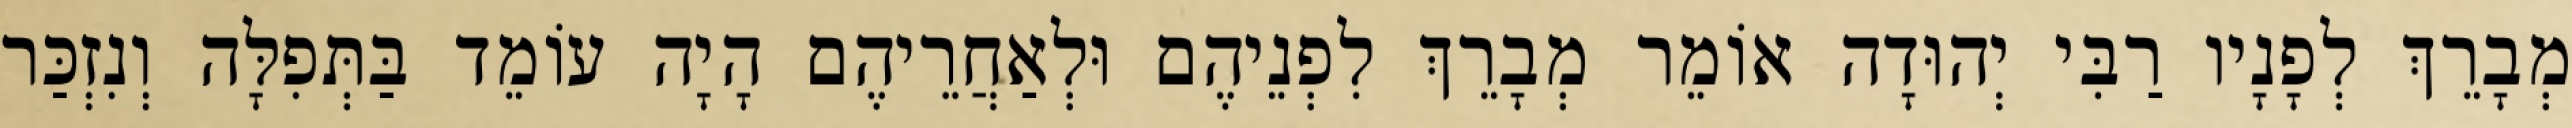
מְבָרֵךְ לְפָנָיו רַבִּי יְהוּדָה אוֹמֵר מְבָרֵךְ לִפְנֵיהֶם וּלְאַחֲרֵיהֶם הָיָה עוֹמֵד בַּתְּפִלָּה וְנִזְכַּר